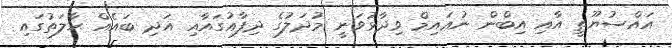
އައްސުޔޫތީ އާއި އިބްން ނުޢައިމް ވިދާޅުވަނީ މުދަލުގެ ދިފާޢުގައާއި އަދި ބައެއް ޙާލަތުގައި